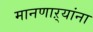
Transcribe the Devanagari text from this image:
मानणाऱ्यांना